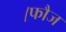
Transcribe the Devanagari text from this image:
।फौज